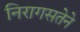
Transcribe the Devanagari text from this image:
निरागसतेने